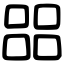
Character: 㗊